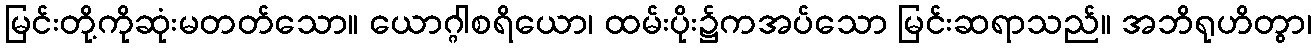
မြင်းတို့ကိုဆုံးမတတ်သော။ ယောဂ္ဂါစရိယော၊ ထမ်းပိုး၌ကအပ်သော မြင်းဆရာသည်။ အဘိရုဟိတွာ၊